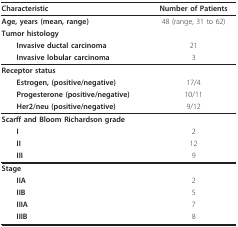
| Characteristic | Number of Patients |
 | --- | --- |
 | Age, years (mean, range) | 48 (range, 31 to 62) |
 | Tumor histology |  |
 | Invasive ductal carcinoma | 21 |
 | Invasive lobular carcinoma | 3 |
 | Receptor status |  |
 | Estrogen, (positive/negative) | 17/4 |
 | Progesterone (positive/negative) | 10/11 |
 | Her2/neu (positive/negative) | 9/12 |
 | Scarff and Bloom Richardson grade |  |
 | I | 2 |
 | II | 12 |
 | III | 9 |
 | Stage |  |
 | IIA | 2 |
 | IIB | 5 |
 | IIIA | 7 |
 | IIIB | 8 |